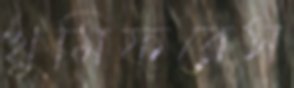
খুমিফরেস